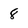
Character: 8